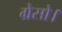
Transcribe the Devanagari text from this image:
ग्रेसो।